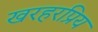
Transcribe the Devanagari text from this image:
खरहरप्रिय